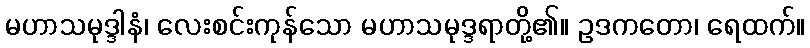
မဟာသမုဒ္ဒါနံ၊ လေးစင်းကုန်သော မဟာသမုဒ္ဒရာတို့၏။ ဥဒကတော၊ ရေထက်။